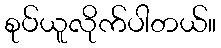
စုပ်ယူလိုက်ပါတယ်။